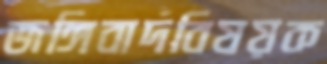
জঙ্গিবাদবিষয়ক